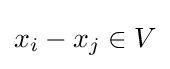
x_{i}-x_{j}\in V